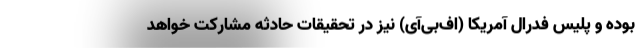
بوده و پلیس فدرال آمریکا (اف‌بی‌آی) نیز در تحقیقات حادثه مشارکت خواهد